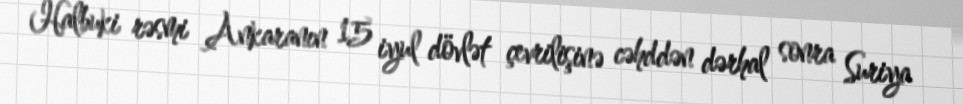
Halbuki rəsmi Ankaranın 15 iyul dövlət çevrilişinə cəhddən dərhal sonra Suriya